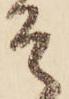
そ